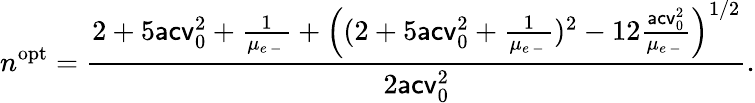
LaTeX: n^{\mathrm{opt}}=\frac{2+5\mathsf{acv}_{0}^{2}+\frac{1}{\mu_{e\mathrm{~-~}}}+\left((2+5\mathsf{acv}_{0}^{2}+\frac{1}{\mu_{e\mathrm{~-~}}})^{2}-12\frac{\mathsf{acv}_{0}^{2}}{\mu_{e\mathrm{~-~}}}\right)^{1/2}}{2\mathsf{acv}_{0}^{2}}.